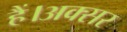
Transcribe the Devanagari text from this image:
हैं।अक्सर